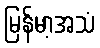
မြန်မာ့အသံ